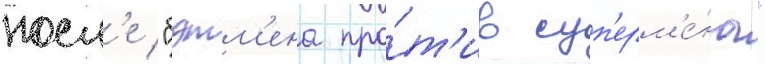
посл'е "бэтм'ена про́т'ив суп'ерм'е́на"